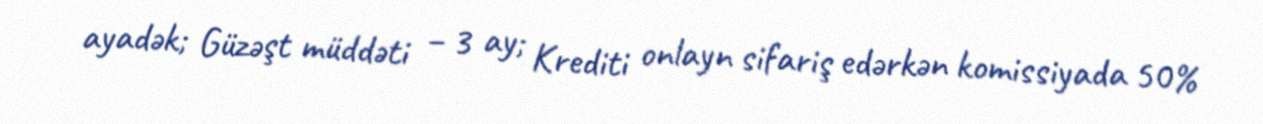
ayadək; Güzəşt müddəti – 3 ay; Krediti onlayn sifariş edərkən komissiyada 50%